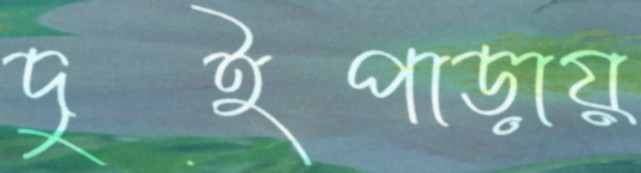
দুইপাড়ায়